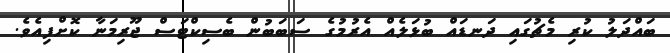
ބައްދަލު ކުރި މެޗުގައި ދަނޑައް ބުޅަލެއް އެރުމުގެ ސަބަބުން ބެސިކްޓަސް ޖޫރިމަނާ ކޮށްފިއެވެ.